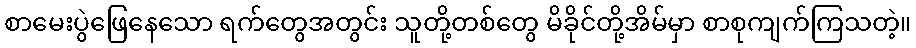
စာမေးပွဲဖြေနေသော ရက်တွေအတွင်း သူတို့တစ်တွေ မိခိုင်တို့အိမ်မှာ စာစုကျက်ကြသတဲ့။